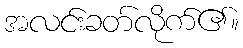
အလင်းခတ်လိုက်၏။